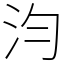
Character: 汮